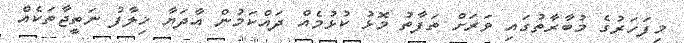
މިފަހަރުގެ މުބާރާތުގައި ވަރަށް ތަފާތު މޮޅު ކުޅުމެއް ދައްކަމުން އާދަޔާ ޚިލާފު ނަތީޖާތަކެއް